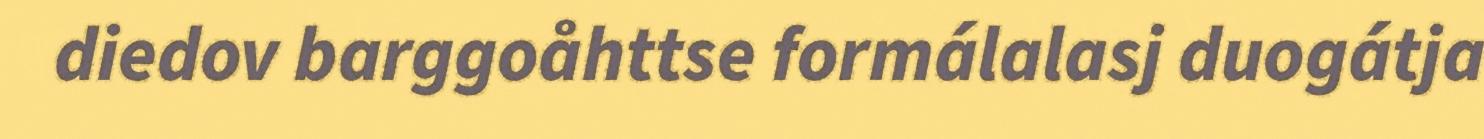
diedov barggoåhttse formálalasj duogátja